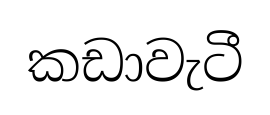
කඩාවැටී